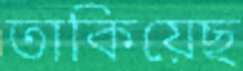
তাকিয়েছ